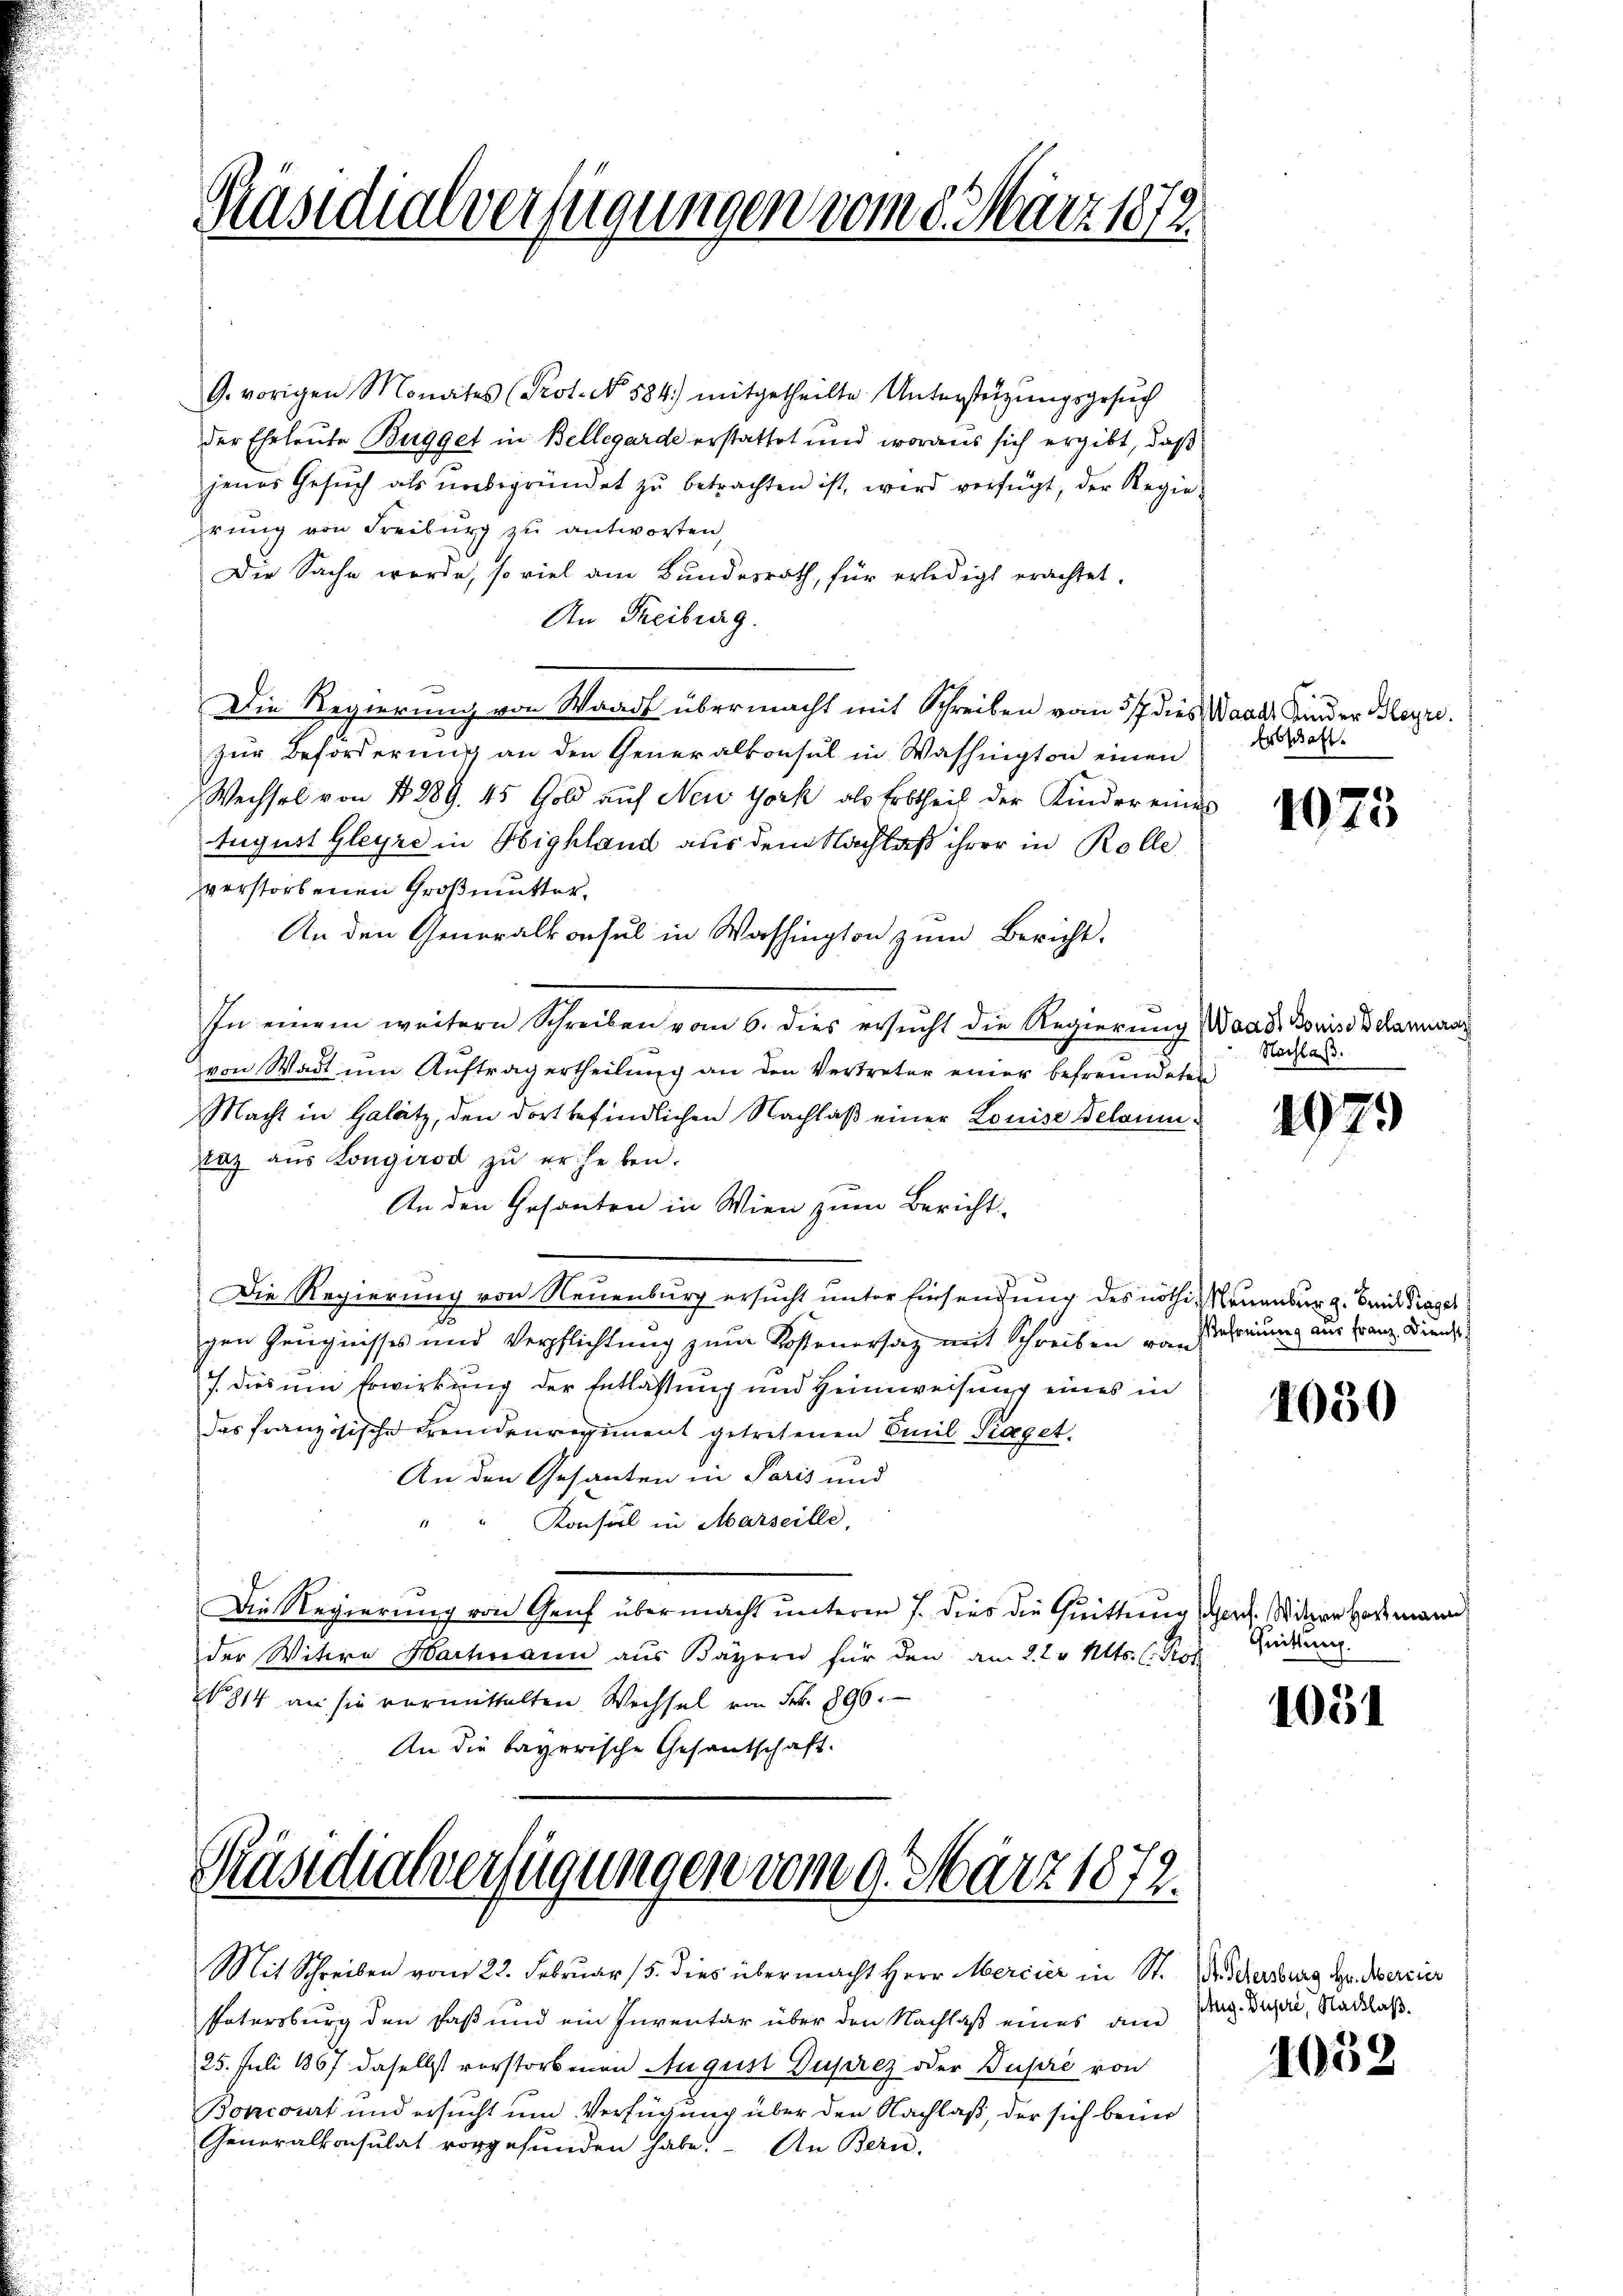
Präsidialverfügungen vom 8. März 1872

G. vorigen Monates (Prot. No. 584.) mitgetheilte Unterstüzungsgesuch
der Eheleute Bugget in Bellegarde erstattet und woraus sich ergibt, daß
jenes Gesŭch als unbegründet zŭ betrachten ist, wird verfügt, der Regie-
hrung von Freiburg zu antworten
Die Sache werde, so viel am Bundesrath, für erledigt erachtet.
An Freiburg.
Die Regierung von Waadt übermacht mit Schreiben vom 5/7 dies Waadt Kinder Begr
zur Beförderung an den Generalkonsul in Washington einen
Wechsel von 4289. 45 Gold auf New York als Erbtheil der Kinder eines
August Gleyre in Highland aus dem Nachlaß ihrer in Rolle
verstorbenen Großmutter,
An den Generalkonsul in Washington zum Bericht,
In einem weitern Schreiben vom 6. dies ersucht die Regierung Waadt Bouise Belamurar
von Wadt um Auftrag ertheilung an den Vertreter einer befreundeter
Macht in Gelätz, den dort befindlichen Nachlaß einer Louise Belaumraz aŭs Longirod zŭ erheben.
An den Gesanten in Wien zum Bericht
Die Regierung von Neuenburg ersucht unter Einsendung des nöthi- Neuenburg. Bei Trages
gen Zeugnisses und Verpflichtung zum Kostenersatz mit Schreiben von schreiung aus Franz Diens
J. dies um Erwirkung der Entlassung und Heimweisung eines in
das französische Fremdenregiment getretenen Emil Traget.
An den Gesanten in Paris und
Konsul in Marseille,
Die Regierung von Genf übermacht unteren 7. dies die Quittung (Genf. Witwe Hartmann
der Witwe Hartmann aus Bayern für den am 2. d. Mts. (Prof. Gedung.
N 814 an sie vormittelten Wechsel von Frk. 896.
An die bayerische Gesantschaft.

Präsidialverfügungen vom 9. März 1872.

25. Juli 1857 daselbst vorstorbenen August Duprez oder Dupre von
Boncourt und ersucht um Verfügung über den Nachlaß, der sich bei
Generalkonsulat vorgefunden habe. An Bern.

Mit Schreiben vom 23. Februar 15. dies übermacht Herr Mercier in St. Dr. Schersburg, Hr. Mercier
Patersburg den Faß und ein Inventar über den Nachlaß eines and

Erbschaft.

1075

Nachlaß.

1079

1050

1054

shrg. Superi, Nachlaß.

1052